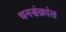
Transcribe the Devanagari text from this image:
धनसंक्रांत